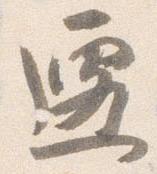
遷